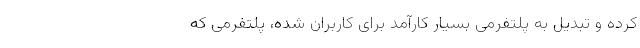
کرده و تبدیل به پلتفرمی بسیار کارآمد برای کاربران شده، پلتفرمی که